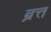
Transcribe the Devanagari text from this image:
ब्रत्त